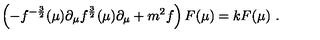
\left( - f ^ { - { \frac { 3 } { 2 } } } ( \mu ) \partial _ { \mu } f ^ { { \frac { 3 } { 2 } } } ( \mu ) \partial _ { \mu } + m ^ { 2 } f \right) F ( \mu ) = k F ( \mu ) \ .